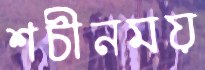
শচীনময়